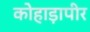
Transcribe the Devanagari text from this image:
कोहाड़ापीर